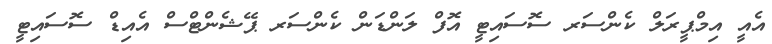
އެއީ އިމްޕީރަލް ކެންސަރ ސޮސައިޓީ އޮފް ލަންޑަން ކެންސަރ ޕޭޝެންޓްސް އެއިޑް ސޮސައިޓީ